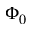
\Phi _ { 0 }